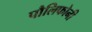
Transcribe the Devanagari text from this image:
पौलिफोनी